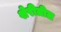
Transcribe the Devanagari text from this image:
शेरीतील